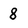
Character: 8